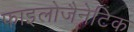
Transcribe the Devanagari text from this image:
फाइलोजैनेटिक